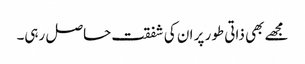
مجھے بھی ذاتی طور پر ان کی شفقت حاصل رہی۔